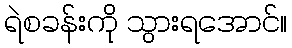
ရဲစခန်းကို သွားရအောင်။